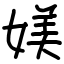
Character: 媄